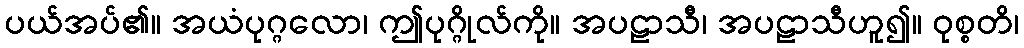
ပယ်အပ်၏။ အယံပုဂ္ဂလော၊ ဤပုဂ္ဂိုလ်ကို။ အပဠာသီ၊ အပဠာသီဟူ၍။ ဝုစ္စတိ၊